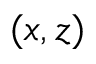
( x , z )